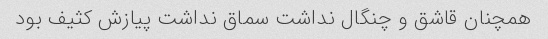
همچنان قاشق و چنگال نداشت سماق نداشت پیازش کثیف بود